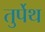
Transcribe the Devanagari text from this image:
तुर्पेथ